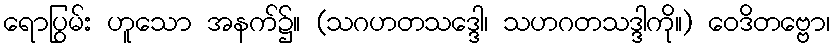
ရောပြွမ်း ဟူသော အနက်၌။ (သဂဟတသဒ္ဒေါ၊ သဟဂတသဒ္ဒါကို။) ဝေဒိတဗ္ဗော၊